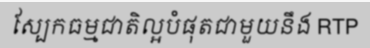
ស្បែកធម្មជាតិល្អបំផុតជាមួយនឹង RTP